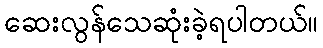
ဆေးလွန်သေဆုံးခဲ့ရပါတယ်။